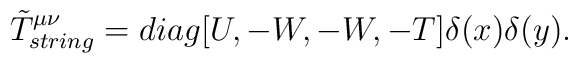
\tilde T^{\mu \nu}_{string} = diag [U , -W, -W,-T]\delta(x)\delta(y).